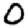
Digit: 0